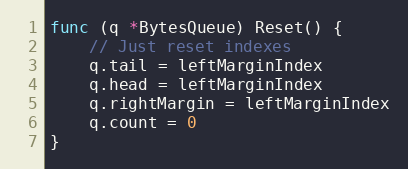
Language: Go
func (q *BytesQueue) Reset() {
	// Just reset indexes
	q.tail = leftMarginIndex
	q.head = leftMarginIndex
	q.rightMargin = leftMarginIndex
	q.count = 0
}